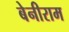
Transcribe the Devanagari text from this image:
बेनीराम